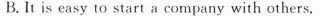
B. It is easy to start a company with others.